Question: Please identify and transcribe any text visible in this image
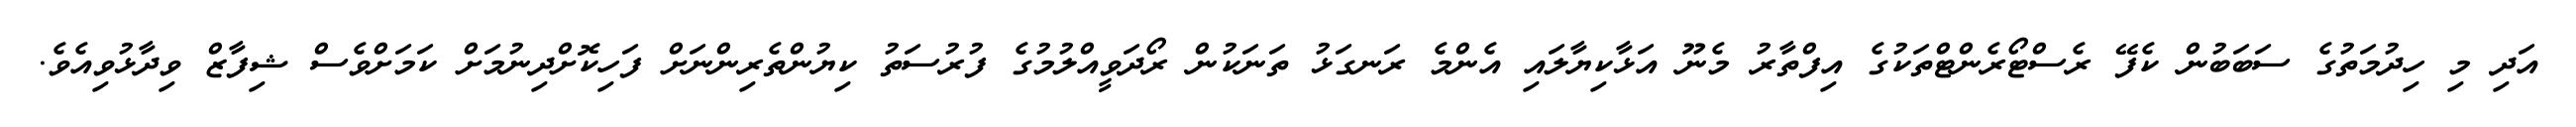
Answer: އަދި މި ހިދުމަތުގެ ސަބަބުން ކެފޭ ރެސްޓޯރެންޓްތަކުގެ އިފްތާރު މެނޫ އަޅާކިޔާލައި އެންމެ ރަނގަޅު ތަނަކުން ރޯދަވީއްލުމުގެ ފުރުސަތު ކިޔުންތެރިންނަށް ފަހިކޮށްދިނުމަށް ކަމަށްވެސް ޝިފާޒް ވިދާޅުވިއެވެ.